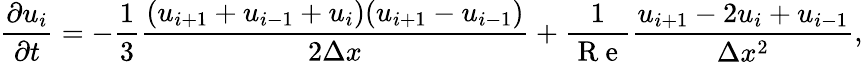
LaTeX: \frac{\partial u_{i}}{\partial t}=-\frac{1}{3}\frac{(u_{i+1}+u_{i-1}+u_{i})(u_{i+1}-u_{i-1})}{2\Delta x}+\frac{1}{\mathrm{~R~e~}}\frac{u_{i+1}-2u_{i}+u_{i-1}}{\Delta x^{2}},